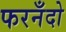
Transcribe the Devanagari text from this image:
फरनँदो